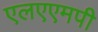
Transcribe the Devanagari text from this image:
एलएएमपी